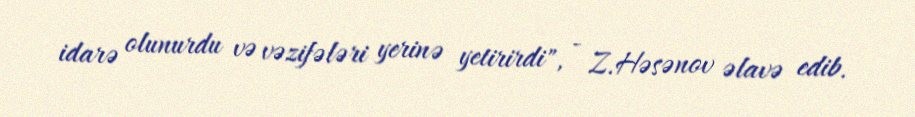
idarə olunurdu və vəzifələri yerinə yetirirdi", - Z.Həsənov əlavə edib.